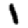
Digit: 1